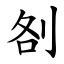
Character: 㓢